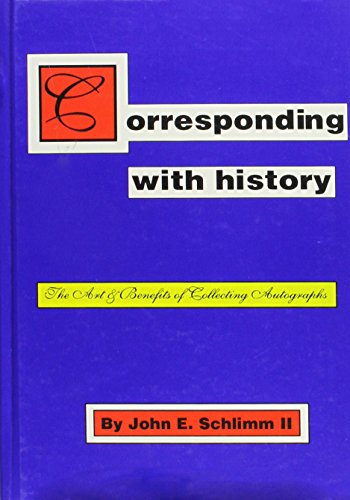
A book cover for Corresponding With History: The Art & Benefits of Collecting Autographs; John E., II Schlimm; Crafts, Hobbies & Home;